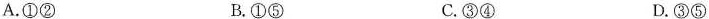
A.①② B.①⑤ C.③④ D.③⑤